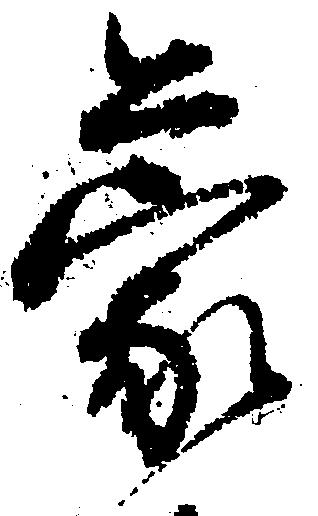
蒙